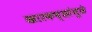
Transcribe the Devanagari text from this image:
खारकच्छांमुळे